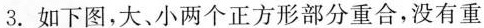
3.如下图，大、小两个正方形部分重合，没有重